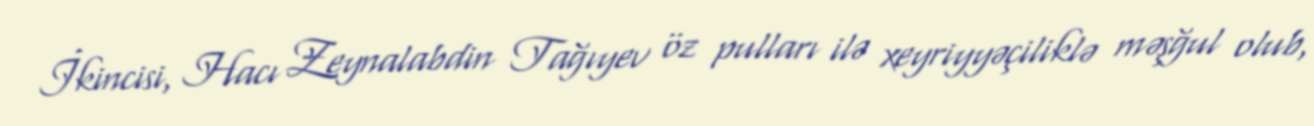
İkincisi, Hacı Zeynalabdin Tağıyev öz pulları ilə xeyriyyəçiliklə məşğul olub,